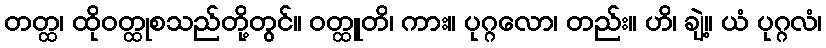
တတ္ထ၊ ထိုဝတ္ထုစသည်တို့တွင်။ ဝတ္ထူတိ၊ ကား။ ပုဂ္ဂလော၊ တည်း။ ဟိ၊ ချဲ့။ ယံ ပုဂ္ဂလံ၊